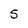
Character: 5